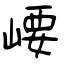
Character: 崾